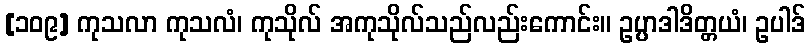
[၁၀၉] ကုသလာ ကုသလံ၊ ကုသိုလ် အကုသိုလ်သည်လည်းကောင်း။ ဥပ္ပာဒါဒိတ္တယံ၊ ဥပါဒ်